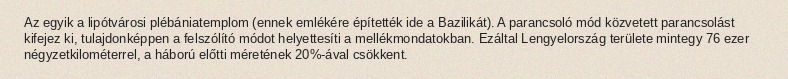
Az egyik a lipótvárosi plébániatemplom (ennek emlékére építették ide a Bazilikát). A parancsoló mód közvetett parancsolást kifejez ki, tulajdonképpen a felszólító módot helyettesíti a mellékmondatokban. Ezáltal Lengyelország területe mintegy 76 ezer négyzetkilométerrel, a háború előtti méretének 20%-ával csökkent.